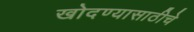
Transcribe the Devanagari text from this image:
खोदण्यासाठीचे